Annual administration report of the Civil Veterinary Department of India - 1907-1908
Year: 1907
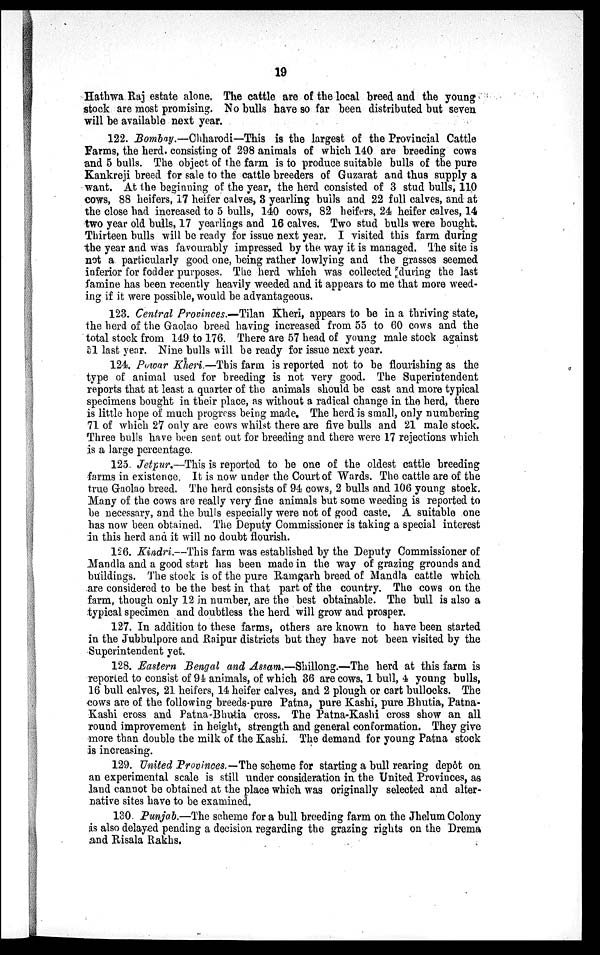
19
Hathwa Raj estate alone. The cattle are of the local breed and the young
stock are most promising. No bulls have so far been distributed but seven
will be available next year.
122. Bombay.—Chharodi—This is the largest of the Provincial Cattle
Farms, the herd. consisting of 298 animals of which 140 are breeding cows
and 5 bulls. The object of the farm is to produce suitable bulls of the pure
Kankreji breed for sale to the cattle breeders of Guzarat and thus supply a
want. At the beginning of the year, the herd consisted of 3 stud bulls, 110
cows, 88 heifers, 17 heifer calves, 3 yearling bulls and 22 full calves, and at
the close had increased to 5 bulls, 140 cows, 82 heifers, 24 heifer calves, 14
two year old bulls, 17 yearlings and 16 calves. Two stud bulls were bought.
Thirteen bulls will be ready for issue next year. I visited this farm during
the year and was favourably impressed by the way it is managed. The site is
not a particularly good one, being rather lowlying and the grasses seemed
inferior for fodder purposes. The herd which was collected during the last
famine has been recently heavily weeded and it appears to me that more weed-
ing if it were possible, would be advantageous.
123. Central Provinces.—Tilan Kheri, appears to be in a thriving state,
the herd of the Gaolao breed having increased from 55 to 60 cows and the
total stock from 149 to 176. There are 57 head of young male stock against
51 last year. Nine bulls will be ready for issue next year.
124. Powar Kheri.—This farm is reported not to be flourishing as the
type of animal used for breeding is not very good. The Superintendent
reports that at least a quarter of the animals should be cast and more typical
specimens bought in their place, as without a radical change in the herd, there
is little hope of much progress being made. The herd is small, only numbering
71 of which 27 only are cows whilst there are five bulls and 21 male stock.
Three bulls have been sent out for breeding and there were 17 rejections which
is a large percentage.
125. Jetpur.—This is reported to be one of the oldest cattle breeding
farms in existence. It is now under the Court of Wards. The cattle are of the
true Gaolao breed. The herd consists of 94 cows, 2 bulls and 106 young stock.
Many of the cows are really very fine animals but some weeding is reported to
be necessary, and the bulls especially were not of good caste. A suitable one
has now been obtained. The Deputy Commissioner is taking a special interest
in this herd and it will no doubt flourish.
126. Kindri.—This farm was established by the Deputy Commissioner of
Mandla and a good start has been made in the way of grazing grounds and
buildings. The stock is of the pure Ramgarh breed of Mandla cattle which
are considered to be the best in that part of the country. The cows on the
farm, though only 12 in number, are the best obtainable. The bull is also a
typical specimen and doubtless the herd will grow and prosper.
127. In addition to these farms, others are known to have been started
in the Jubbulpore and Raipur districts but they have not been visited by the
Superintendent yet.
128. Eastern Bengal and Assam.—Shillong.—The herd at this farm is
reported to consist of 94 animals, of which 36 are cows, 1 bull, 4 young bulls,
16 bull calves, 21 heifers, 14 heifer calves, and 2 plough or cart bullocks. The
cows are of the following breeds-pure Patna, pure Kashi, pure Bhutia, Patna-
Kashi cross and Patna-Bhutia cross. The Patna-Kashi cross show an all
round improvement in height, strength and general conformation. They give
more than double the milk of the Kashi. The demand for young Patna stock
is increasing.
129. United Provinces.—The scheme for starting a bull rearing depôt on
an experimental scale is still under consideration in the United Provinces, as
land cannot be obtained at the place which was originally selected and alter-
native sites have to be examined.
130 Punjab.—The scheme for a bull breeding farm on the Jhelum Colony
is also delayed pending a decision regarding the grazing rights on the Drema
and Risala Rakhs.